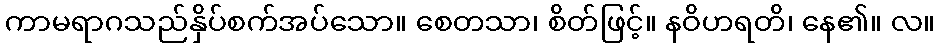
ကာမရာဂသည်နှိပ်စက်အပ်သော။ စေတသာ၊ စိတ်ဖြင့်။ နဝိဟရတိ၊ နေ၏။ လ။